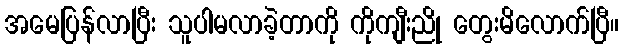
အမေပြန်လာပြီး သူပါမလာခဲ့တာကို ကိုကျီးညို တွေးမိလောက်ပြီ။